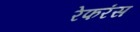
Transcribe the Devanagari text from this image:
रेफरंस